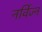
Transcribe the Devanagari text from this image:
नर्विज्न